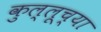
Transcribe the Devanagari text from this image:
कुल्लूच्या